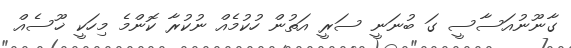
ގާނޫނުއަސާސީ ގަ ބުނަނީ ސަރީ އަތުން ހުކުމެއް ނުކުރާ ކޮންމެ މިހަކީ ޚޫސެއް